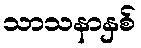
သာသနာနှစ်